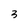
Character: 3